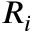
R _ { i }